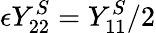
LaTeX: \epsilon Y_{22}^{S}=Y_{11}^{S}/2